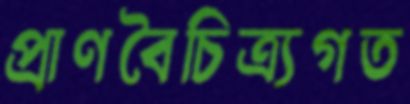
প্রাণবৈচিত্র্যগত